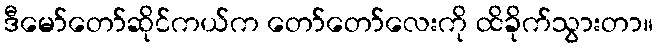
ဒီမော်တော်ဆိုင်ကယ်က တော်တော်လေးကို ထိခိုက်သွားတာ။